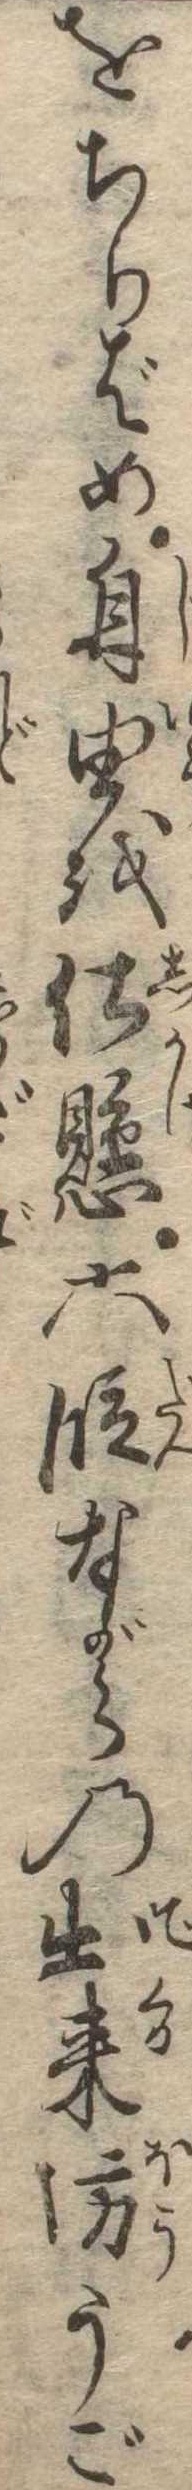
をちりばめ自由を仕懸六段ながらの出来坊うご